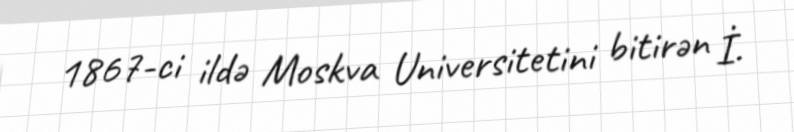
1867-ci ildə Moskva Universitetini bitirən İ.